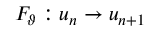
F _ { \vartheta } : u _ { n } \rightarrow u _ { n + 1 }